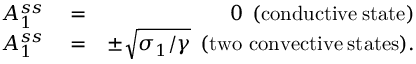
\begin{array} { r l r } { A _ { 1 } ^ { s s } } & { { } = } & { 0 \mathrm { \: \: ( c o n d u c t i v e \: s t a t e ) } } \\ { A _ { 1 } ^ { s s } } & { { } = } & { \pm \sqrt { \sigma _ { 1 } / \gamma } \mathrm { \: \: ( t w o \ c o n v e c t i v e \: s t a t e s ) } . } \end{array}